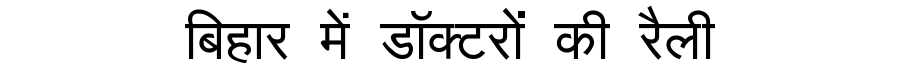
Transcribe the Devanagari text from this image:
बिहार में डॉक्टरों की रैली